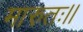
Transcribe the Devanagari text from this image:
मारुतः।।